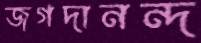
জগদানন্দ